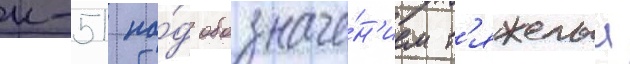
к-51 по́д обозначе́н'ием т'яжелыи